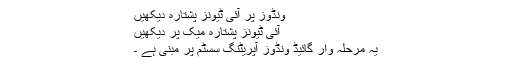
ونڈوز پر آئی ٹیونز پشتارہ دیکھیں
آئی ٹیونز پشتارہ میک پر دیکھیں
یہ مرحلہ وار گائیڈ ونڈوز آپریٹنگ سسٹم پر مبنی ہے ۔